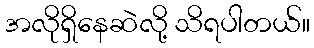
အလိုရှိနေဆဲလို့ သိရပါတယ်။